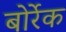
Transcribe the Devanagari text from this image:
बोर्रेक